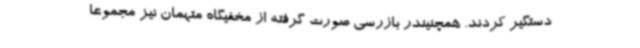
دستگیر کردند. همچنیندر بازرسی صورت گرفته از مخفیگاه متهمان نیز مجموعا